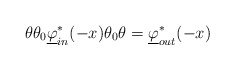
\begin{align*}\theta\theta_0\underline\varphi_{in}^* (-x) \theta_0\theta = \underline\varphi^*_{out} (-x)\end{align*}